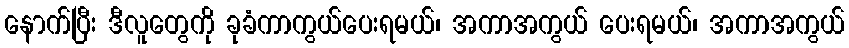
နောက်ပြီး ဒီလူတွေကို ခုခံကာကွယ်ပေးရမယ်၊ အကာအကွယ် ပေးရမယ်၊ အကာအကွယ်